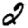
Digit: 2